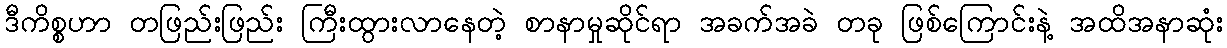
ဒီကိစ္စဟာ တဖြည်းဖြည်း ကြီးထွားလာနေတဲ့ စာနာမှုဆိုင်ရာ အခက်အခဲ တခု ဖြစ်ကြောင်းနဲ့ အထိအနာဆုံး